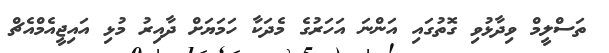
ތަސްލީމް ވިދާޅުވި ގޮތުގައި އަންނަ އަހަރުގެ މެދަކާ ހަމަޔަށް ދާއިރު މުޅި އައިޖީއެމްއެޗް